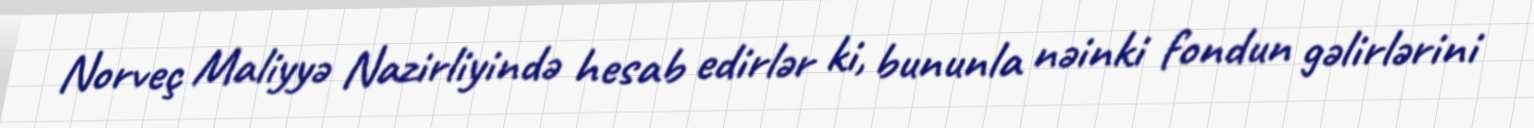
Norveç Maliyyə Nazirliyində hesab edirlər ki, bununla nəinki fondun gəlirlərini